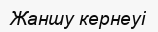
Жаншу кернеуі